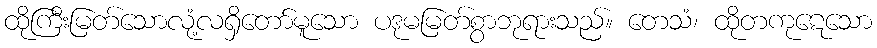
ထိုကြီးမြတ်သောလုံ့လရှိတော်မူသော ပဒုမမြတ်စွာဘုရားသည်။ တေသံ၊ ထိုတကုဋေသော